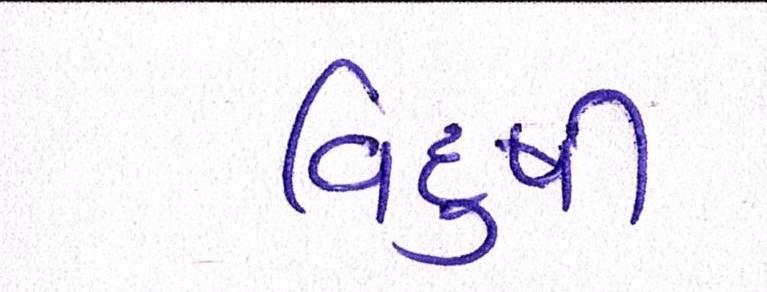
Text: વિદુષી